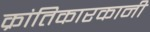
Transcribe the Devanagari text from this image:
क्रांतिकारकानी